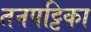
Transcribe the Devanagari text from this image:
तनपट्टिका